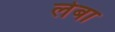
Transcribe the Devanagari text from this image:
लेबा